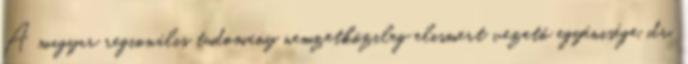
A magyar regionális tudomány nemzetközileg elismert vezetô egyénisége, dr.